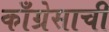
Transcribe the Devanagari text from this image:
काँग्रेसाची